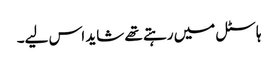
ہاسٹل میں رہتے تھے شاید اس لیے۔